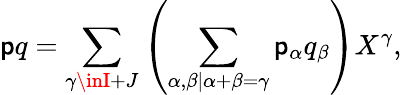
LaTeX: \mathsf{p}q=\sum_{\gamma\inI+J}\left(\sum_{\alpha,\beta\mid\alpha+\beta=\gamma}\mathsf{p}_{\alpha}q_{\beta}\right)X^{\gamma},